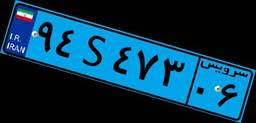
۹۴S۴۷۳۰۶